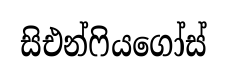
සිඑන්ෆියගෝස්